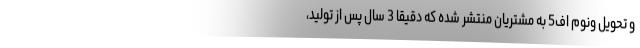
و تحویل ونوم اف5 به مشتریان منتشر شده که دقیقا 3 سال پس از تولید،